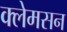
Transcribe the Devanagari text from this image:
क्लेमसन